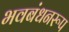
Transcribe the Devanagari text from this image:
भवबंधनरूप